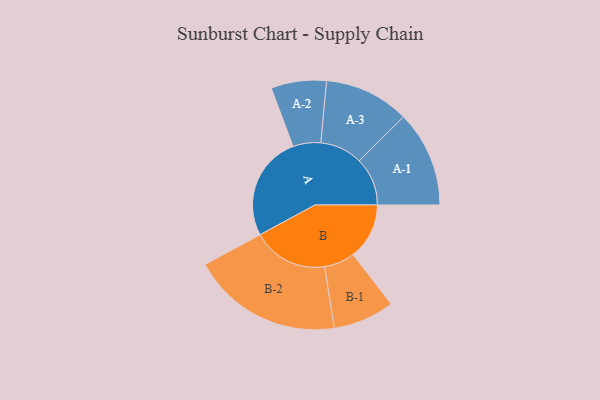
{"axis": {"x": "Segment", "y": "Value"}, "legend": ["", "A", "B"], "data": [{"x": "A", "y": 379, "type": ""}, {"x": "B", "y": 203, "type": ""}, {"x": "A-1", "y": 174, "type": "A"}, {"x": "A-2", "y": 100, "type": "A"}, {"x": "A-3", "y": 154, "type": "A"}, {"x": "B-1", "y": 111, "type": "B"}, {"x": "B-2", "y": 273, "type": "B"}]}